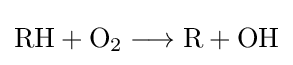
{{\text{RH}}{}+{}\mathrm {O} {\vphantom {A}}_{\smash[{t}]{2}}{}\mathrel {\longrightarrow } {}{\text{R}}{}+{}\mathrm {OH} }